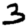
Digit: 3